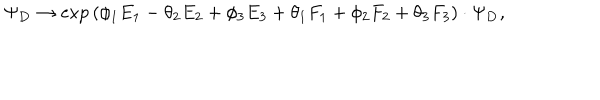
LaTeX: \Psi _ { \bf D } \rightarrow \exp { ( \phi _ { 1 } E _ { 1 } - \theta _ { 2 } E _ { 2 } + \phi _ { 3 } E _ { 3 } + \theta _ { 1 } F _ { 1 } + \phi _ { 2 } F _ { 2 } + \theta _ { 3 } F _ { 3 } ) } \cdot \Psi _ { \bf D } ,